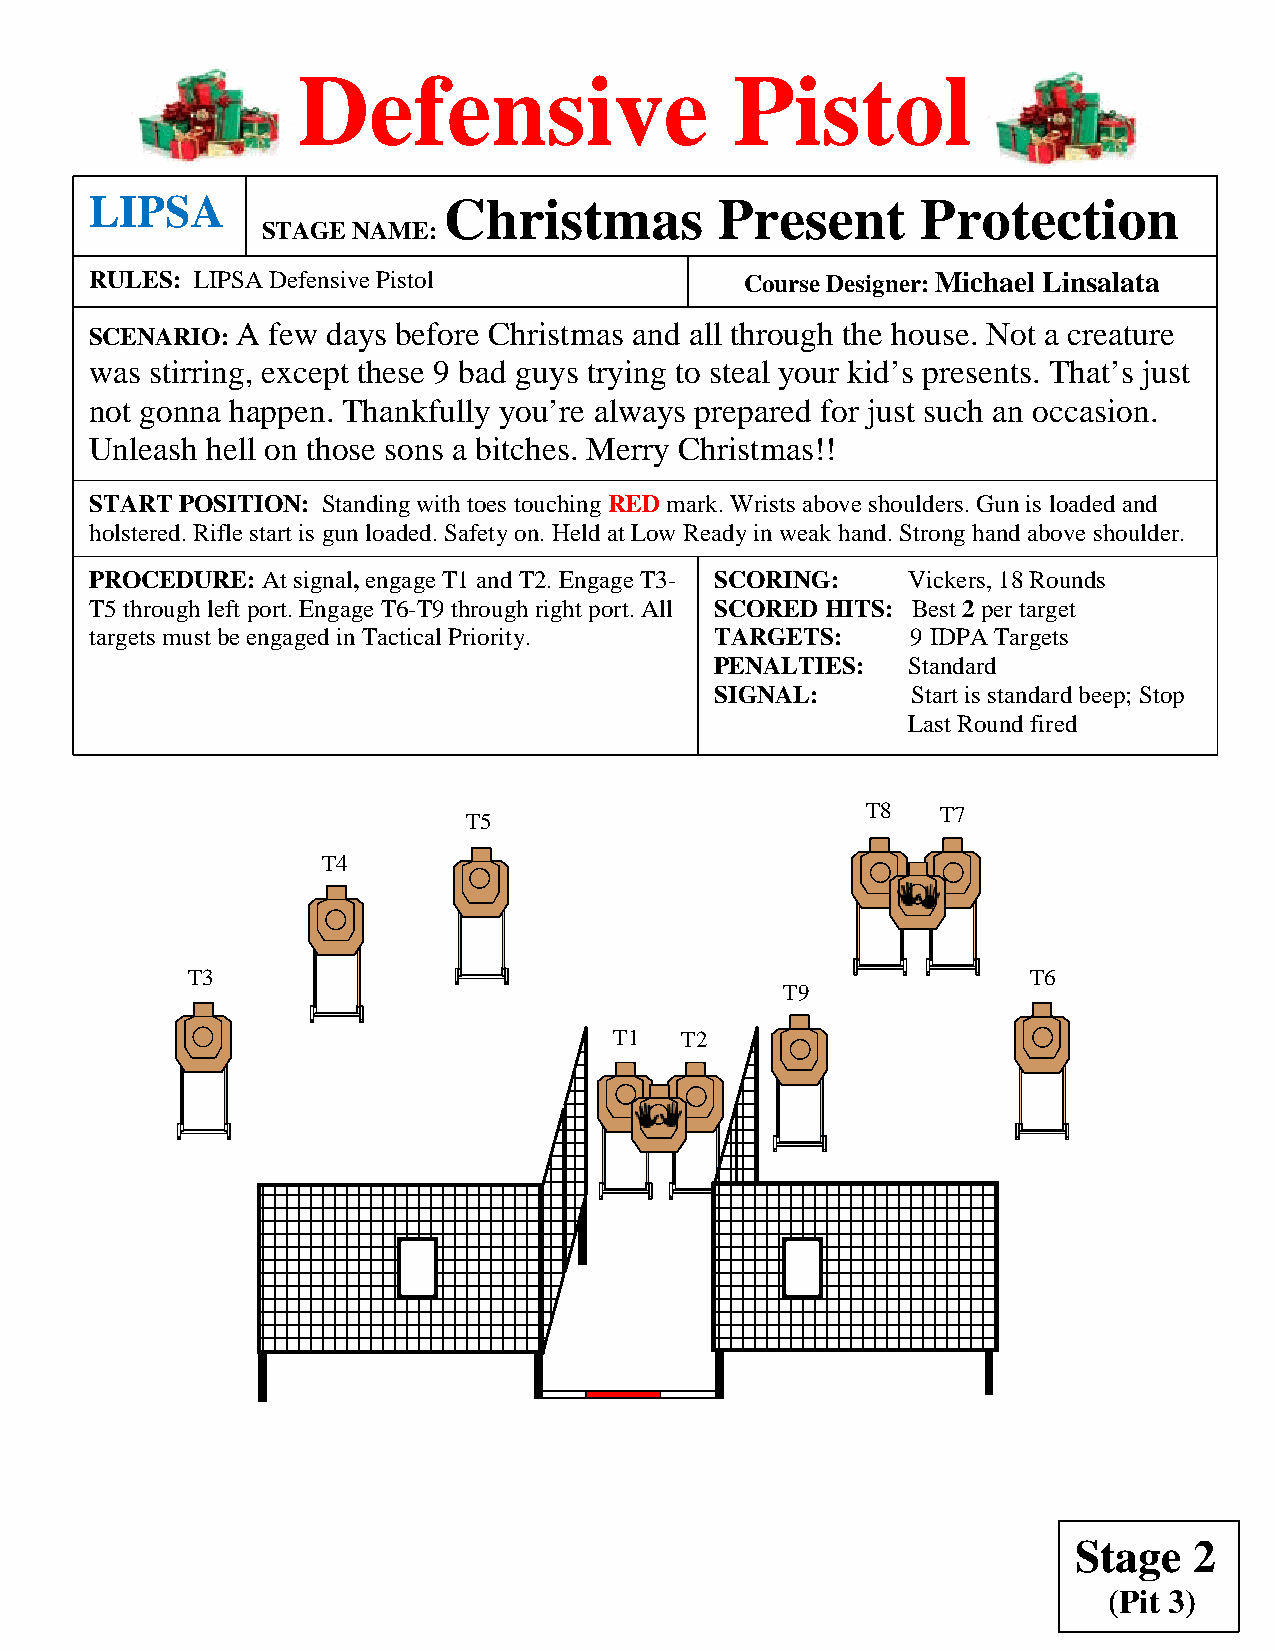
Defensive                    Pistol
 LIPSA                  Christmas          Present      Protection
 STAGE NAME:
 RULES: LIPSA Defensive Pistol              Course Designer: Michael Linsalata
 SCENARIO: A few days before Christmas and all through the house. Not a creature
 was stirring, except these 9 bad guys trying to steal your kid’s presents. That’s just
 not gonna happen. Thankfully you’re always prepared for just such an occasion.
 Unleash hell on those sons a bitches. Merry Christmas!!
 START POSITION: Standing with toes touching RED mark. Wrists above shoulders. Gun is loaded and
 holstered. Rifle start is gun loaded. Safety on. Held at Low Ready in weak hand. Strong hand above shoulder.
 PROCEDURE: At signal, engage T1 and T2. Engage T3- SCORING: Vickers, 18 Rounds
 T5 through left port. Engage T6-T9 through right port. All SCORED HITS: Best 2 per target
 targets must be engaged in Tactical Priority. TARGETS: 9 IDPA Targets
 PENALTIES:   Standard
 SIGNAL:      Start is standard beep; Stop
 Last Round fired
 T8   T7
 T5
 T4
 T3                                                      T6
 T9
 T1  T2
 Stage   2
 (Pit 3)